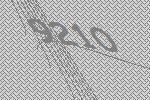
9210